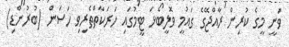
ވަނީ މީގެ ކުރިން ރާއްޖޭގެ ގައުމީ ވޮލީބޯޅަ ޓީމުގައި ހަރަކާތްތެރިވި ހަސަން (ބުރުންޑި)